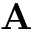
\mathbf { A }